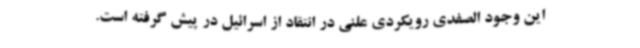
این وجود الصفدی رویکردی علنی در انتقاد از اسرائیل در پیش گرفته است.